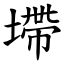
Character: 墆